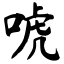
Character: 唬